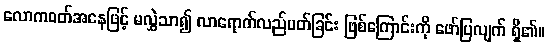
လောကဝတ်အနေဖြင့် မလွှဲသာ၍ လာရောက်လည်ပတ်ခြင်း ဖြစ်ကြောင်းကို ဖော်ပြလျက် ရှိ၏။